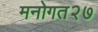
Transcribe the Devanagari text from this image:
मनोगत२७